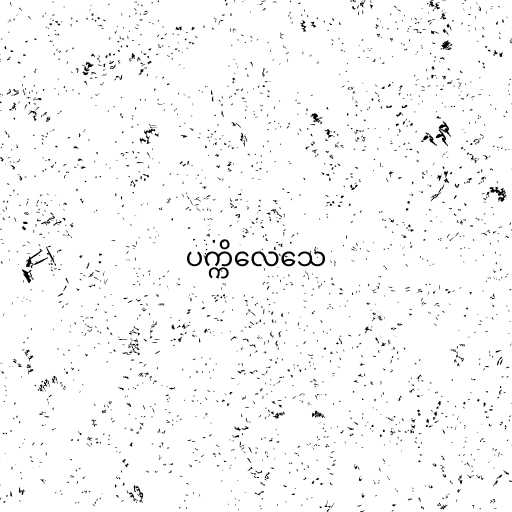
ပက္ကိလေသေ